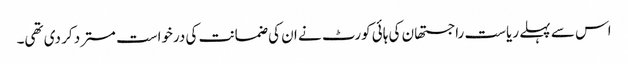
اس سے پہلے ریاست راجستھان کی ہائی کورٹ نے ان کی ضمانت کی درخواست مسترد کر دی تھی۔